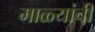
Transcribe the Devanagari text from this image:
माळ्यांची